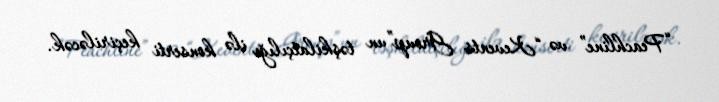
“Peachline” və “Kevents Group”un təşkilatçılığı ilə konserti keçiriləcək.